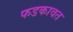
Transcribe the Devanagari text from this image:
फडकावत